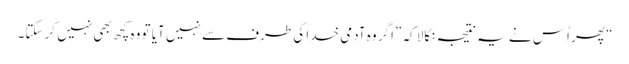
‏“‏ پھر اُس نے یہ نتیجہ نکالا کہ ”‏اگر وہ آدمی خدا کی طرف سے نہیں آیا تو وہ کچھ بھی نہیں کر سکتا۔